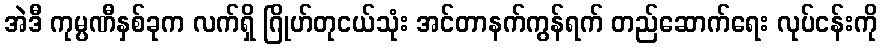
အဲဒီ ကုမ္ပဏီနှစ်ခုက လက်ရှိ ဂြိုဟ်တုငယ်သုံး အင်တာနက်ကွန်ရက် တည်ဆောက်ရေး လုပ်ငန်းကို